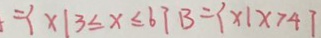
= \{ x \vert 3 \leq x \leq 6 \} B = \{ x \vert x > 4 ]